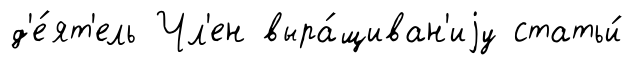
д'е́ят'ель Чл'ен выра́щиван'иjу статьи́